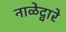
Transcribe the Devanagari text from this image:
नाळेद्वारे